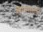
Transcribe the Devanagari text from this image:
गौरीमहालात